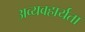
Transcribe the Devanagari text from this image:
अव्यवहार्यता